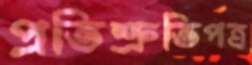
প্রতিশ্রুতিপত্র